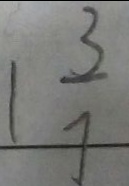
1 \frac { 3 } { 7 }